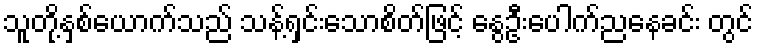
သူတို့နှစ်ယောက်သည် သန့်ရှင်းသောစိတ်ဖြင့် နွေဦးပေါက်ညနေခင်း တွင်